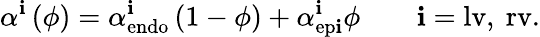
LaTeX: \alpha^{\mathbf{i}}\left(\phi\right)=\alpha_{\mathrm{{{endo}}}}^{\mathbf{i}}\left(1-\phi\right)+\alpha_{\mathrm{{{ep\mathbf{i}}}}}^{\mathbf{i}}\phi\qquad\mathbf{i}=\mathrm{{{lv},\ \mathrm{{{rv}.}}}}